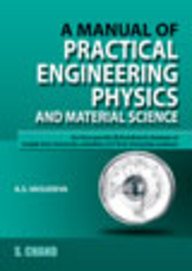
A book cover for A Manual of Practical Engineering Physics; A. S. Vasudeva; Science & Math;